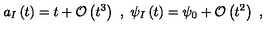
a _ { I } \left( t \right) = t + \mathcal { O } \left( t ^ { 3 } \right) \ , \ \psi _ { I } \left( t \right) = \psi _ { 0 } + \mathcal { O } \left( t ^ { 2 } \right) \ ,